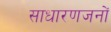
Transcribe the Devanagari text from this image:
साधारणजनों